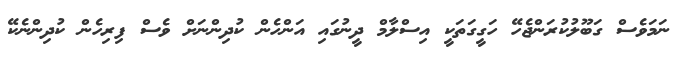
ނަމަވެސް ގަބޫލުކުރަންޖެހޭ ހަގީގަތަކީ އިސްލާމް ދީނުގައި އަންހެން ކުދިންނަށް ވެސް ފިރިހެން ކުދިންނެކޭ